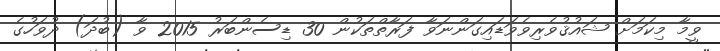
ވީމާ މިކަމަށް ޝައުޤުވެރިވެވަޑައިގަންނަވާ ފަރާތްތަކުން 30 ޑިސެންބަރު 2015 ވާ (ބުދަަ) ދުވަހުގެ